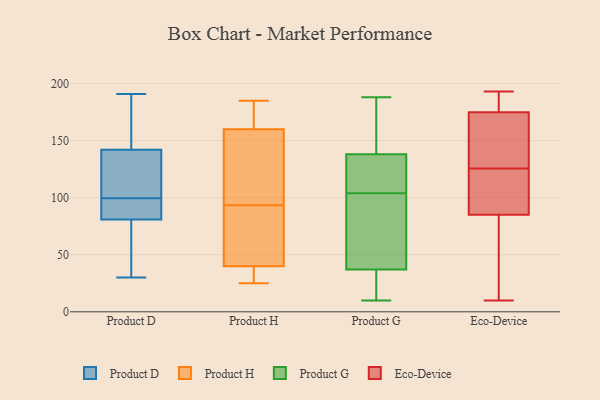
{"axis": {"x": "Inventory Turnover", "y": "Value"}, "legend": ["Eco-Device", "Product D", "Product G", "Product H"], "data": [{"x": "", "y": 150, "type": "Product D"}, {"x": "", "y": 142, "type": "Product D"}, {"x": "", "y": 90, "type": "Product D"}, {"x": "", "y": 125, "type": "Product D"}, {"x": "", "y": 81, "type": "Product D"}, {"x": "", "y": 140, "type": "Product D"}, {"x": "", "y": 113, "type": "Product D"}, {"x": "", "y": 153, "type": "Product D"}, {"x": "", "y": 103, "type": "Product D"}, {"x": "", "y": 62, "type": "Product D"}, {"x": "", "y": 85, "type": "Product D"}, {"x": "", "y": 46, "type": "Product D"}, {"x": "", "y": 96, "type": "Product D"}, {"x": "", "y": 30, "type": "Product D"}, {"x": "", "y": 183, "type": "Product D"}, {"x": "", "y": 82, "type": "Product D"}, {"x": "", "y": 191, "type": "Product D"}, {"x": "", "y": 66, "type": "Product D"}, {"x": "", "y": 185, "type": "Product H"}, {"x": "", "y": 149, "type": "Product H"}, {"x": "", "y": 82, "type": "Product H"}, {"x": "", "y": 99, "type": "Product H"}, {"x": "", "y": 98, "type": "Product H"}, {"x": "", "y": 25, "type": "Product H"}, {"x": "", "y": 32, "type": "Product H"}, {"x": "", "y": 26, "type": "Product H"}, {"x": "", "y": 89, "type": "Product H"}, {"x": "", "y": 48, "type": "Product H"}, {"x": "", "y": 171, "type": "Product H"}, {"x": "", "y": 180, "type": "Product H"}, {"x": "", "y": 21, "type": "Product G"}, {"x": "", "y": 10, "type": "Product G"}, {"x": "", "y": 178, "type": "Product G"}, {"x": "", "y": 104, "type": "Product G"}, {"x": "", "y": 47, "type": "Product G"}, {"x": "", "y": 129, "type": "Product G"}, {"x": "", "y": 147, "type": "Product G"}, {"x": "", "y": 13, "type": "Product G"}, {"x": "", "y": 104, "type": "Product G"}, {"x": "", "y": 139, "type": "Product G"}, {"x": "", "y": 123, "type": "Product G"}, {"x": "", "y": 126, "type": "Product G"}, {"x": "", "y": 150, "type": "Product G"}, {"x": "", "y": 54, "type": "Product G"}, {"x": "", "y": 188, "type": "Product G"}, {"x": "", "y": 33, "type": "Product G"}, {"x": "", "y": 41, "type": "Product G"}, {"x": "", "y": 24, "type": "Product G"}, {"x": "", "y": 137, "type": "Product G"}, {"x": "", "y": 95, "type": "Product G"}, {"x": "", "y": 130, "type": "Eco-Device"}, {"x": "", "y": 147, "type": "Eco-Device"}, {"x": "", "y": 165, "type": "Eco-Device"}, {"x": "", "y": 10, "type": "Eco-Device"}, {"x": "", "y": 63, "type": "Eco-Device"}, {"x": "", "y": 60, "type": "Eco-Device"}, {"x": "", "y": 193, "type": "Eco-Device"}, {"x": "", "y": 183, "type": "Eco-Device"}, {"x": "", "y": 176, "type": "Eco-Device"}, {"x": "", "y": 121, "type": "Eco-Device"}, {"x": "", "y": 117, "type": "Eco-Device"}, {"x": "", "y": 108, "type": "Eco-Device"}, {"x": "", "y": 175, "type": "Eco-Device"}, {"x": "", "y": 85, "type": "Eco-Device"}]}